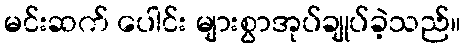
မင်းဆက် ပေါင်း များစွာအုပ်ချုပ်ခဲ့သည်။